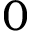
0